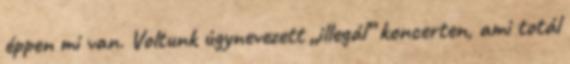
éppen mi van. Voltunk úgynevezett „illegál” koncerten, ami totál